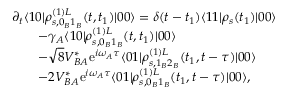
\begin{array} { r l } & { \partial _ { t } \langle 1 0 | \rho _ { s , 0 _ { B } 1 _ { B } } ^ { ( 1 ) L } ( t , t _ { 1 } ) | 0 0 \rangle = \delta ( t - t _ { 1 } ) \langle 1 1 | \rho _ { s } ( t _ { 1 } ) | 0 0 \rangle } \\ & { \qquad - \gamma _ { A } \langle 1 0 | \rho _ { s , 0 _ { B } 1 _ { B } } ^ { ( 1 ) L } ( t , t _ { 1 } ) | 0 0 \rangle } \\ & { \qquad - \sqrt { 8 } V _ { B A } ^ { * } \mathrm { e } ^ { i \omega _ { A } \tau } \langle 0 1 | \rho _ { s , 1 _ { B } 2 _ { B } } ^ { ( 1 ) L } ( t _ { 1 } , t - \tau ) | 0 0 \rangle } \\ & { \qquad - 2 V _ { B A } ^ { * } \mathrm { e } ^ { i \omega _ { A } \tau } \langle 0 1 | \rho _ { s , 0 _ { B } 1 _ { B } } ^ { ( 1 ) L } ( t _ { 1 } , t - \tau ) | 0 0 \rangle , } \end{array}